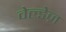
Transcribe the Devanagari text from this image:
वेल्डेज़